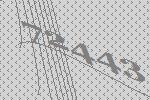
72443